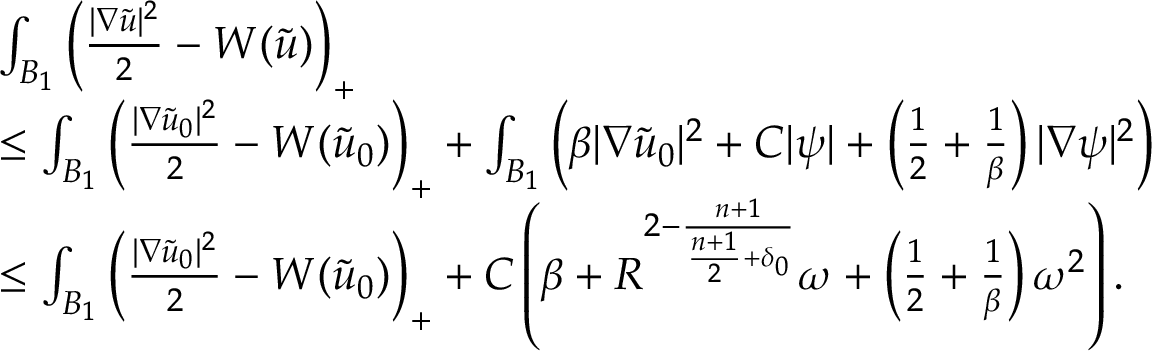
\begin{array} { r l } & { \int _ { B _ { 1 } } \left( \frac { | \nabla \tilde { u } | ^ { 2 } } { 2 } - W ( \tilde { u } ) \right) _ { + } } \\ & { \leq \int _ { B _ { 1 } } \left( \frac { | \nabla \tilde { u } _ { 0 } | ^ { 2 } } { 2 } - W ( \tilde { u } _ { 0 } ) \right) _ { + } + \int _ { B _ { 1 } } \left( \beta | \nabla \tilde { u } _ { 0 } | ^ { 2 } + C | \psi | + \left( \frac { 1 } { 2 } + \frac { 1 } { \beta } \right) | \nabla \psi | ^ { 2 } \right) } \\ & { \leq \int _ { B _ { 1 } } \left( \frac { | \nabla \tilde { u } _ { 0 } | ^ { 2 } } { 2 } - W ( \tilde { u } _ { 0 } ) \right) _ { + } + C \left( \beta + R ^ { 2 - \frac { n + 1 } { \frac { n + 1 } { 2 } + \delta _ { 0 } } } \omega + \left( \frac { 1 } { 2 } + \frac { 1 } { \beta } \right) \omega ^ { 2 } \right) . } \end{array}